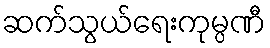
ဆက်သွယ်ရေးကုမ္ပဏီ